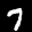
Label: 7